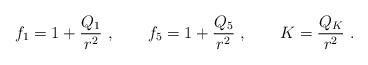
LaTeX: \begin{align*}f_1 = 1 + {Q_1\over r^2}\ , \qquad f_5 = 1 + {Q_5\over r^2}\ , \qquad K = {Q_K\over r^2}\ .\end{align*}